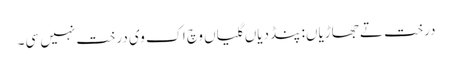
درخت تے جھاڑیاں: پنڈ دیاں گلیاں وچ اک وی درخت نہیں سی۔